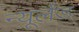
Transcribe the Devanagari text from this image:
न्‍यूलैंड